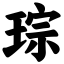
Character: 琮